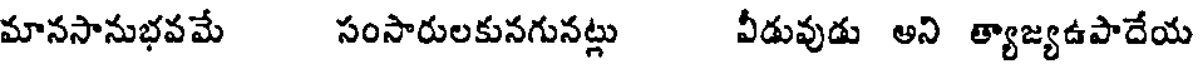
మానసానుభవమే సంసారులకునగునట్లు వీడువుడు అని త్యాజ్యఉపాదేయ